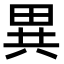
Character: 異